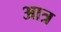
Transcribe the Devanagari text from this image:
आत्र